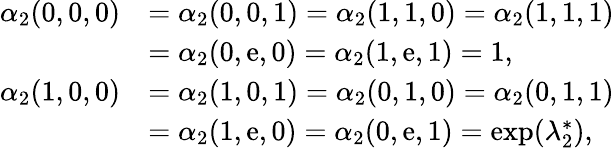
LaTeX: \begin{array}{rl}{\alpha_{2}(0,0,0)}&{=\alpha_{2}(0,0,1)=\alpha_{2}(1,1,0)=\alpha_{2}(1,1,1)}\\ &{=\alpha_{2}(0,\mathrm{e},0)=\alpha_{2}(1,\mathrm{e},1)=1,}\\ {\alpha_{2}(1,0,0)}&{=\alpha_{2}(1,0,1)=\alpha_{2}(0,1,0)=\alpha_{2}(0,1,1)}\\ &{=\alpha_{2}(1,\mathrm{e},0)=\alpha_{2}(0,\mathrm{e},1)=\exp(\lambda_{2}^{*}),}\end{array}